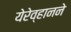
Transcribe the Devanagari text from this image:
येरेव्हानने